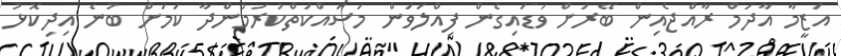
އަޒީމާ އާދަމް ރާއްޖެއިން ބޭރަށް ވަޑައިގެން ފިއްލަވަން މަސައްކަތްކުރަމުންދާ ކަމަށް ބުނެ އިދިކޮޅު